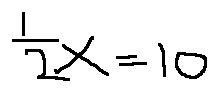
\frac { 1 } { 2 } x = 1 0